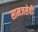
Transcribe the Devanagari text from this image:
सामजसेवी